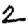
Digit: 2